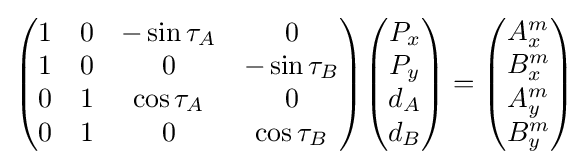
{\begin{pmatrix}1&0&-\sin \tau _{A}&0\\1&0&0&-\sin \tau _{B}\\0&1&\cos \tau _{A}&0\\0&1&0&\cos \tau _{B}\end{pmatrix}}{\begin{pmatrix}P_{x}\\P_{y}\\d_{A}\\d_{B}\end{pmatrix}}={\begin{pmatrix}A_{x}^{m}\\B_{x}^{m}\\A_{y}^{m}\\B_{y}^{m}\end{pmatrix}}